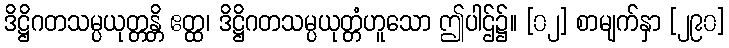
ဒိဋ္ဌိဂတသမ္ပယုတ္တန္တိ ဧတ္ထ၊ ဒိဋ္ဌိဂတသမ္ပယုတ္တံဟူသော ဤပါဌ်၌။ [၀၂] စာမျက်နှာ [၂၉၀]